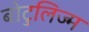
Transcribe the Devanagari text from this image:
बोटुलिज्म